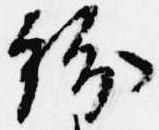
紛